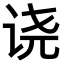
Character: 𫍢